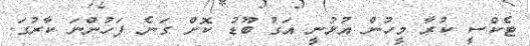
ޓެކްސީ ކުރާ މީހުން އުޅުނީ އަގު ބޫޑު ކޮށް ގަނެ ފަހުންނަ ކާރުގަ.